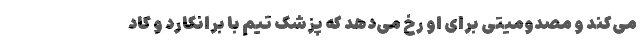
می‌کند و مصدومیتی برای او رخ می‌دهد که پزشک تیم با برانکارد و کاد